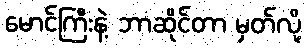
မောင်ကြီးနဲ့ ဘာဆိုင်တာ မှတ်လို့